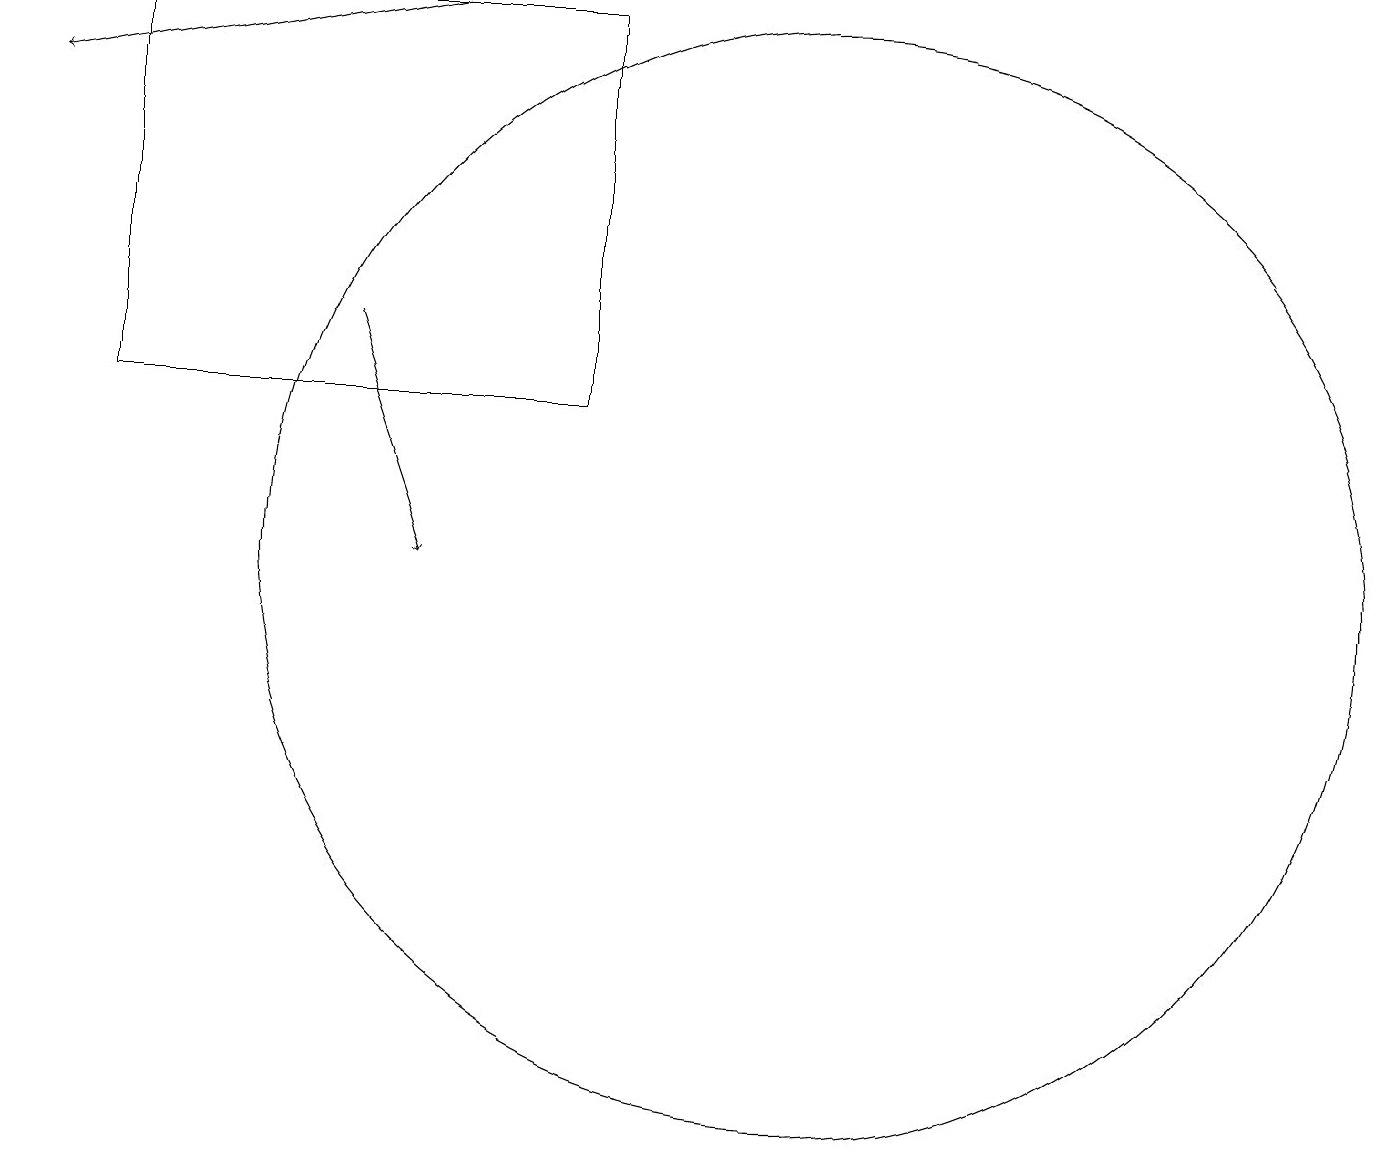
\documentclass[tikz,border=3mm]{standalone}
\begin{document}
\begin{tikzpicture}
\draw (10,12) circle (7);
\draw[->] (5,19) -- (0,18);
\draw (1,14) rectangle (7,19);
\draw[->] (4,15) -- (5,12);
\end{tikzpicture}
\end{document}